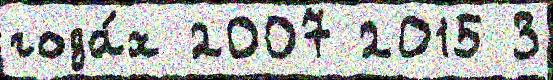
года́х 2007 2015 3